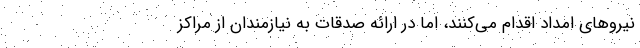
نیروهای امداد اقدام می‌کنند، اما در ارائه صدقات به نیازمندان از مراکز